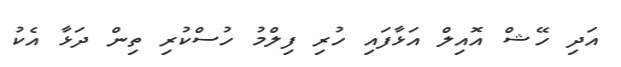
އަދި ހޭޝް އޮއިލް އަޅާފައި ހުރި ފިލްމު ހުސްކުރި ތިން ދަޅާ އެކު